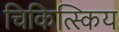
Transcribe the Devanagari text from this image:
चिकित्स्किय